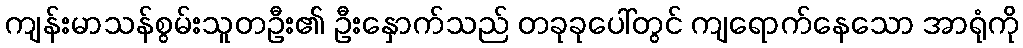
ကျန်းမာသန်စွမ်းသူတဦး၏ ဦးနှောက်သည် တခုခုပေါ်တွင် ကျရောက်နေသော အာရုံကို